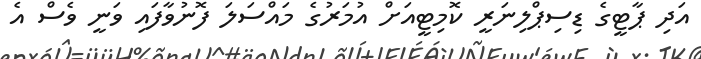
އަދި ޕާޓީގެ ޑިސިޕްލިނަރީ ކޮމިޓީއަށް އުމަރުގެ މައްސަލަ ފޮނުވާފައި ވަނީ ވެސް އެ